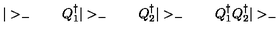
| > _ { - } \qquad Q _ { 1 } ^ { \dagger } | > _ { - } \qquad Q _ { 2 } ^ { \dagger } | > _ { - } \qquad Q _ { 1 } ^ { \dagger } Q _ { 2 } ^ { \dagger } | > _ { - }